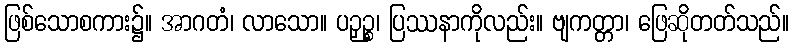
ဖြစ်သောစကား၌။ အာဂတံ၊ လာသော။ ပဉှဉ္စ၊ ပြဿနာကိုလည်း။ ဗျကတ္တာ၊ ဖြေဆိုတတ်သည်။